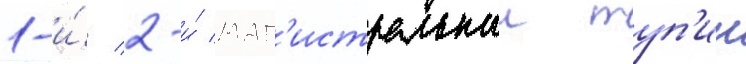
1-и́/ 2-и́ маг'истральныи туп'ик